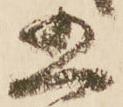
五